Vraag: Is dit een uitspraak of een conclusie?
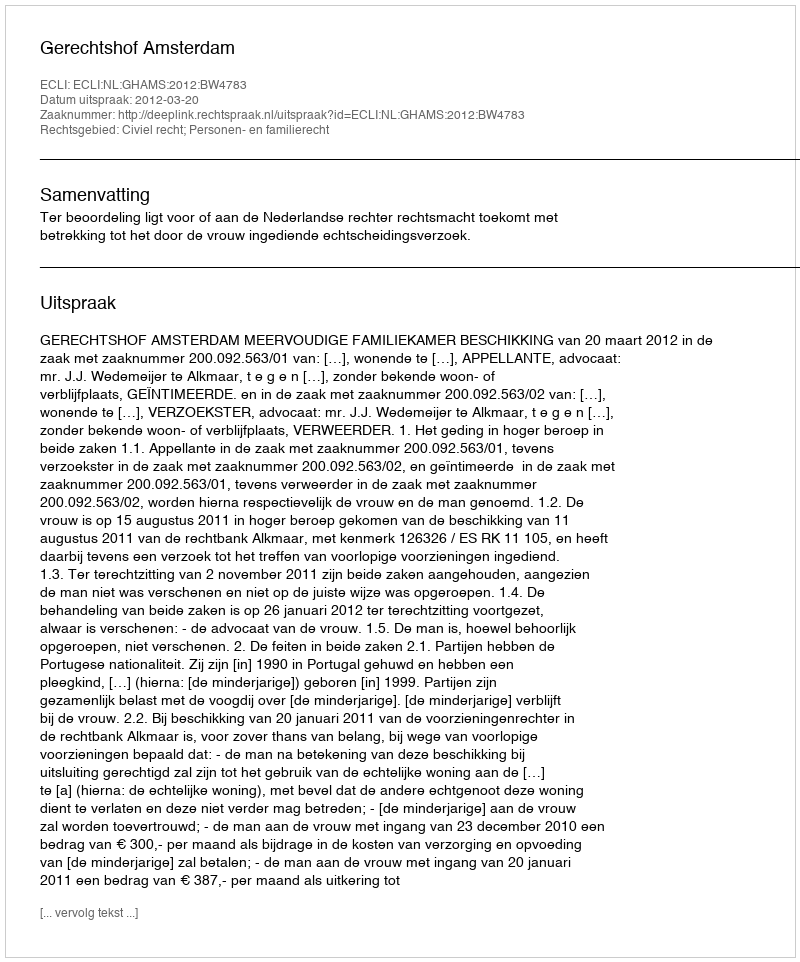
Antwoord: Uitspraak